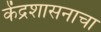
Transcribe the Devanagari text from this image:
केंद्रशासनाचा